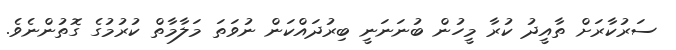
ސަރުކާރަށް ތާއީދު ކުރާ މީހުން ބުނަނަނީ ބިރުދައްކަން ނުވަތަ މަލާމާތް ކުރުމުގެ ގޮތުންނެވެ.